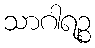
သာဂါရဉ္စ